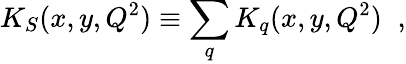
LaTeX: K_{S}(x,y,Q^{2})\equiv\sum_{q}K_{q}(x,y,Q^{2})\; \; ,